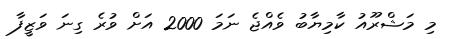
މި މަޝްރޫއު ކާމިޔާބު ވެއްޖެ ނަމަ 2000 އަށް ވުރެ ގިނަ ވަޒީފާ